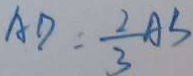
A D = \frac { 2 } { 3 } A S